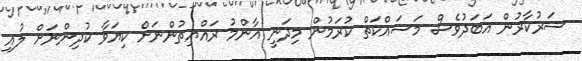
ސަރުކާރުން އަބަދުވެސް މަސައްކަތް ކުރަމުން މިދަނީ އާންމު ރައްޔިތުންނަށް ކިޔަވާ ކުދިންނަށް ލުއި